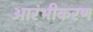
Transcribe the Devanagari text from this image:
आरंभीकरण